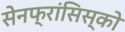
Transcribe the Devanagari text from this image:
सेनफ्रांसिस्को